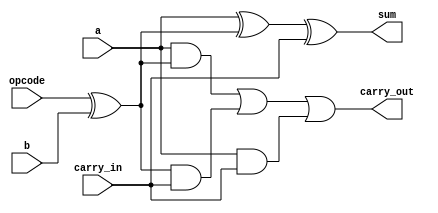
module one_bit_full_adder_subtractor (a, b, carry_in, opcode, sum, carry_out);

   input wire a;
   input wire b;
   input wire carry_in;
   input wire opcode;
   
   output wire sum;
   output wire carry_out;

   assign sum =  a ^ (opcode^b) ^ carry_in;
   assign carry_out = (a & (opcode^b)) | ((opcode^b) & carry_in) | (a & carry_in);

endmodule